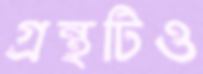
গ্রন্থটিও